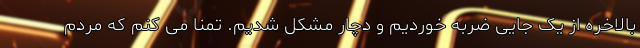
بالاخره از یک جایی ضربه خوردیم و دچار مشکل شدیم. تمنا می کنم که مردم